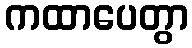
ကထာပေတွာ